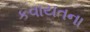
કવાયતના